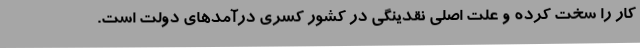
کار را سخت کرده و علت اصلی نقدینگی در کشور کسری درآمدهای دولت است.